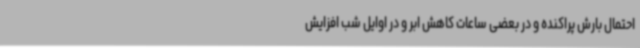
احتمال بارش پراکنده و در بعضی ساعات کاهش ابر و در اوایل شب افزایش